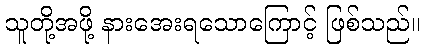
သူတို့အဖို့ နားအေးရသောကြောင့် ဖြစ်သည်။